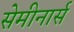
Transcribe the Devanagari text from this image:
सेमीनार्स